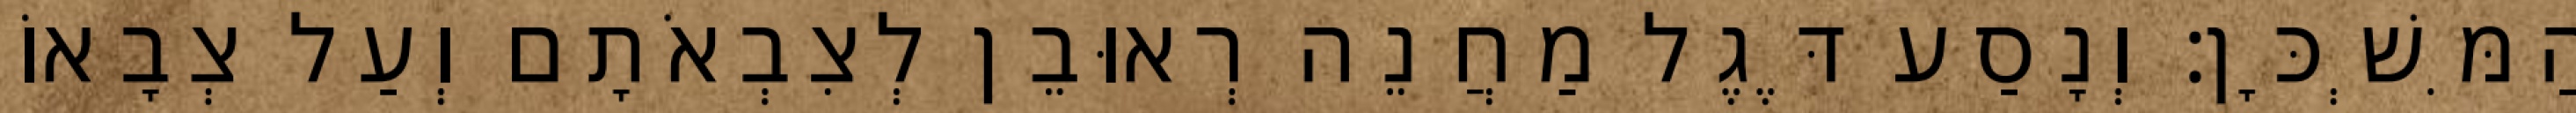
הַמִּשְׁכָּן׃ וְנָסַע דֶּגֶל מַחֲנֵה רְאוּבֵן לְצִבְאֹתָם וְעַל צְבָאוֹ